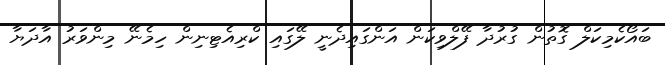
ބައޯކެމިކަލް ގޮތުން ގުރުދާ ފޭލްވިކަން އަންގައިދެނީ ލޭގައި ކްރިއެޓިނިން ހިމެނޭ މިންވަރު އާދަޔާ